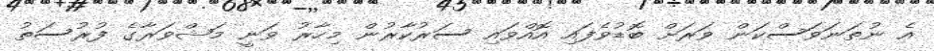
އެ ނުތަނަވަސްކަން ވަރަށް ބޮޑުވެފައި އޮއްވައި ސަރުކާރުން މިހާރު ވަނީ މަޝްވަރާގެ ފުރުސަތު